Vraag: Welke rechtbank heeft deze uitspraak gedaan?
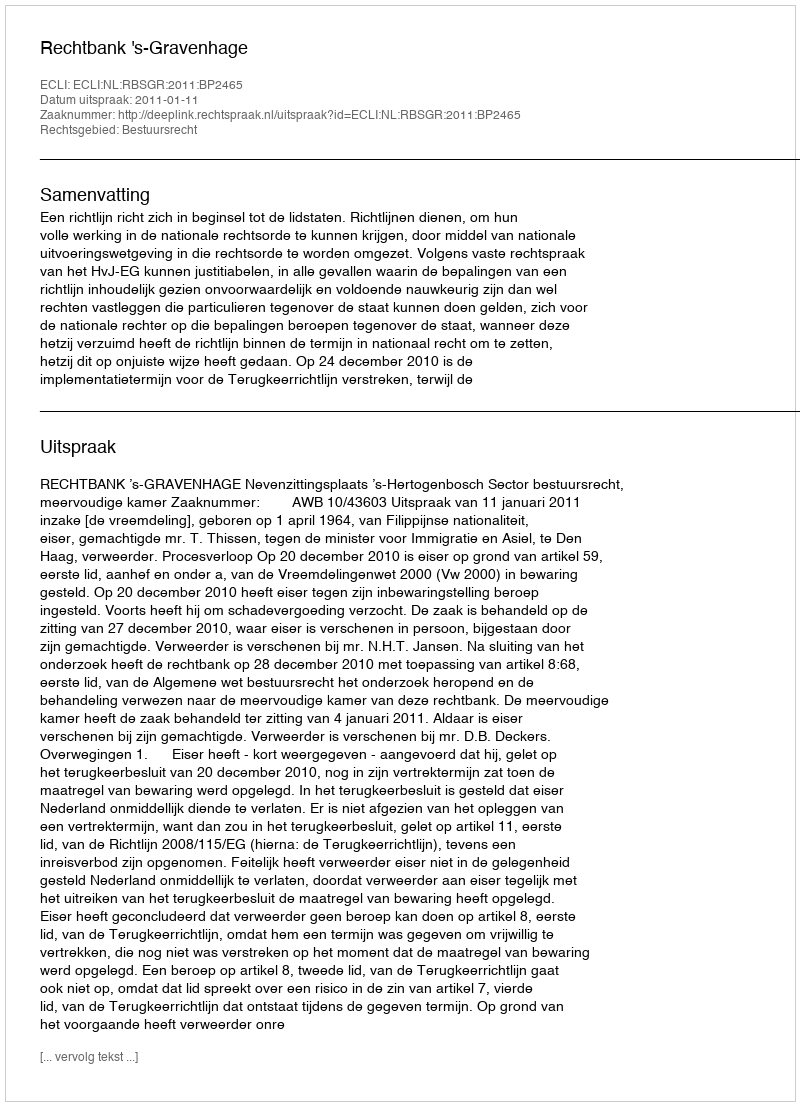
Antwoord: Rechtbank 's-Gravenhage